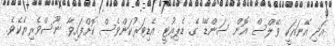
އަދި އޭނައަކީ 'ވޭލްސް އޮން ސަންޑޭ' ގެ ޑެޕިއުޓީ އެޑިޓަރުކަންވެސް ކޮށްފައިވާ ނޫސްވެރިޔެކެވެ.